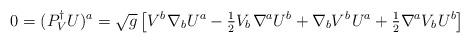
LaTeX: \begin{align*}0 = (P_V^{\dagger} U)^a=\sqrt g\left[ {V^b\kern 1pt\nabla _bU^a-{\textstyle{1 \over 2}}V_b\kern 1pt\nabla ^aU^b+\nabla _bV^b\kern 1ptU^a+{\textstyle{1 \over 2}}\nabla ^aV_b\kern 1ptU^b} \right] \end{align*}